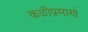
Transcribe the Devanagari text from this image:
कळीप्रमाणे